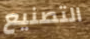
التصنيع